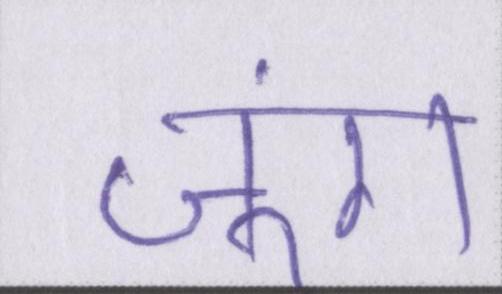
जुंग